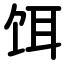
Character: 饵